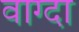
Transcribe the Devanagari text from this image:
वाग्दा